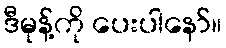
ဒီမုန့်ကို ပေးပါနော်။